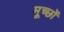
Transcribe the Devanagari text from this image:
मूच्छों